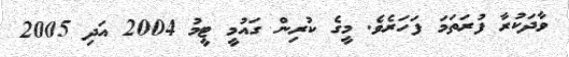
ވާދަކުރާ ފުރަތަމަ ފަހަރެވެ. މީގެ ކުރިން ގައުމީ ޓީމު 2004 އަދި 2005